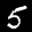
Label: 5